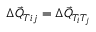
\Delta \vec { Q } _ { T i j } = \Delta \vec { Q } _ { T _ { i } T _ { j } }